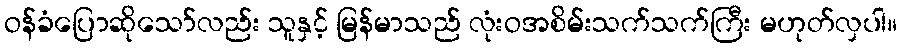
ဝန်ခံပြောဆိုသော်လည်း သူနှင့် မြန်မာသည် လုံးဝအစိမ်းသက်သက်ကြီး မဟုတ်လှပါ။